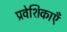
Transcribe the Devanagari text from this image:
प्रवेशिकाएँ